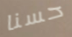
حسنا